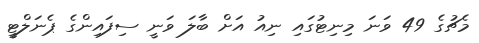
މެޗުގެ 49 ވަނަ މިނިޓުގައި ނިއު އަށް ބާލަ ވަނީ ސިފައިންގެ ޕެނަލްޓީ